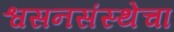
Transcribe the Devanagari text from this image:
श्वसनसंस्थेचा